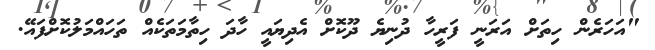
"އަހަރެން ހިތަށް އަރަނީ ފަރީހާ ދުނިޔެ ދޫކޮށް އެދިޔައީ ހާދަ ހިތާމަތަކެއް ތަހައްމަލުކޮށްފައޭ.